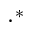
\cdot ^ { * }